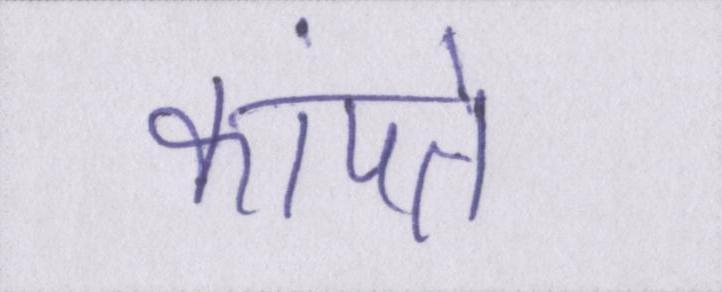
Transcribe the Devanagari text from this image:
कांपते